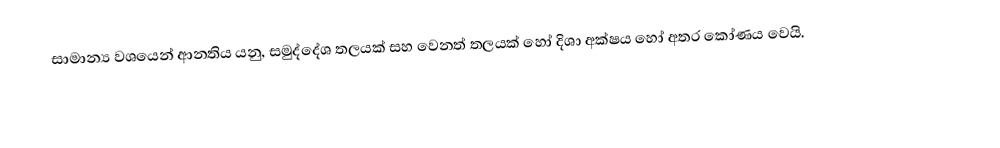
සාමාන්‍ය වශයෙන් ආනතිය යනු,  සමුද්දේශ තලයක් සහ වෙනත් තලයක් හෝ දිශා අක්ෂය හෝ අතර කෝණය වෙයි.